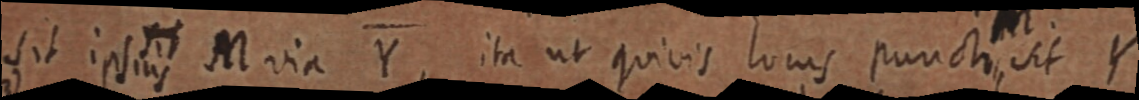
sit ipsius M via Y, ita ut quivis locus puncti sit Y